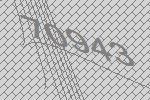
70943